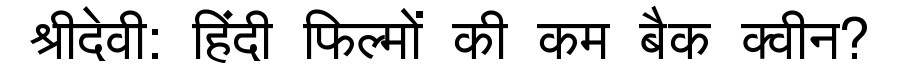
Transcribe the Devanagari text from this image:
श्रीदेवी: हिंदी फिल्मों की कम बैक क्वीन?